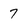
Character: 7